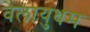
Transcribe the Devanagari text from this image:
वेलायुधम